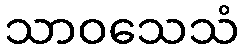
သာဝသေသံ